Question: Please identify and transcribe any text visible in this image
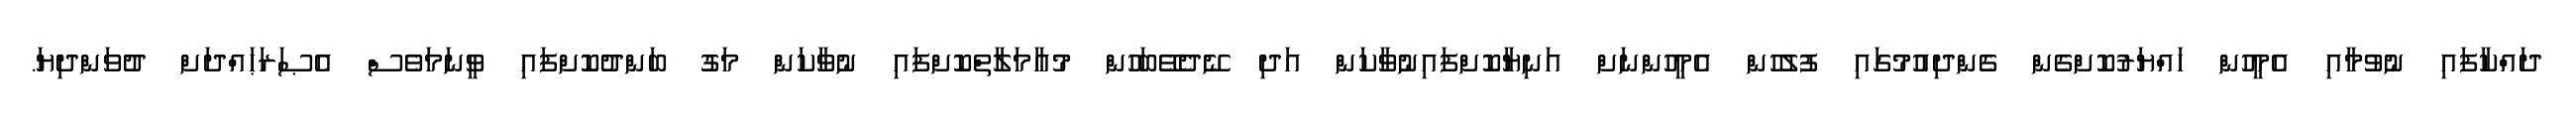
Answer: ދައްކާފައި ނުވުމާއި އެމީހުން ހައްޔަރުކޮށްގެން ގެންދިއުމުގައި ފުލުހުން އެމީހުންނަށް އަނިޔާކޮށްފައިނުވާކަން އަދި ނޭދެވޭބަހުން މުޢާމަލާތްކޮށްފައި ނުވާކަން މަގު ބަންދުކޮށްފައި ވީނަމަވެސް އެޞަރަޙައްދަށް ދުވަންދިޔަ.